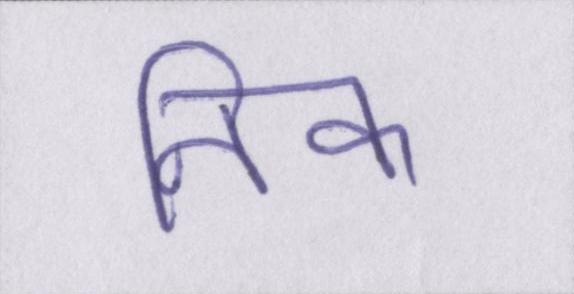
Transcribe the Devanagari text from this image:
निक